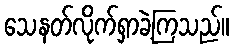
သေနတ်လိုက်ရှာခဲ့ကြသည်။